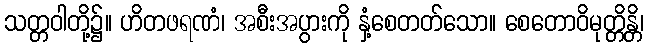
သတ္တဝါတို့၌။ ဟိတဖရဏံ၊ အစီးအပွားကို နှံ့စေတတ်သော။ စေတောဝိမုတ္တိန္တိ၊